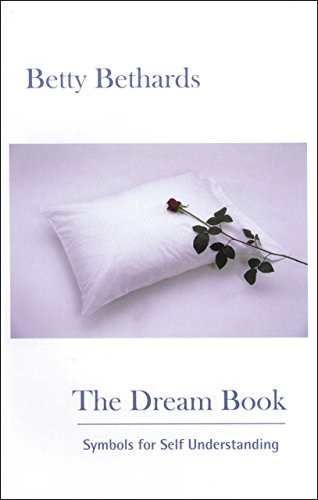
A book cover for The Dream Book: Symbols for Self Understanding; Betty Bethards; Self-Help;